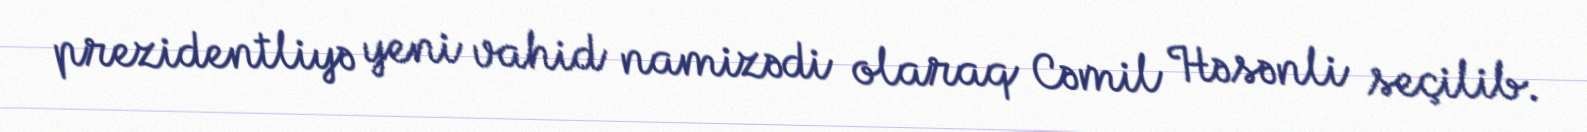
prezidentliyə yeni vahid namizədi olaraq Cəmil Həsənli seçilib.